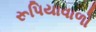
રૂપિયાવાળો